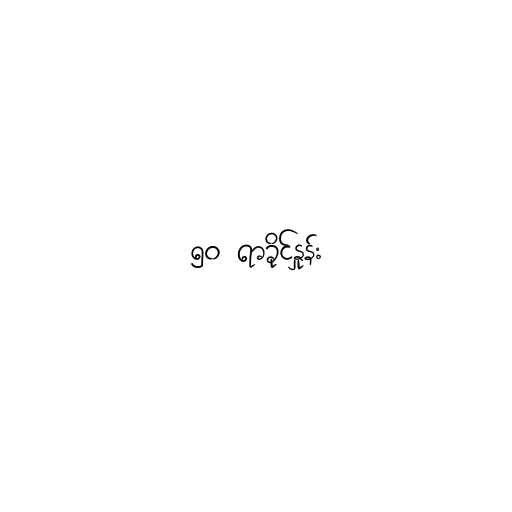
၅၀ ရာခိုင်နှုန်း